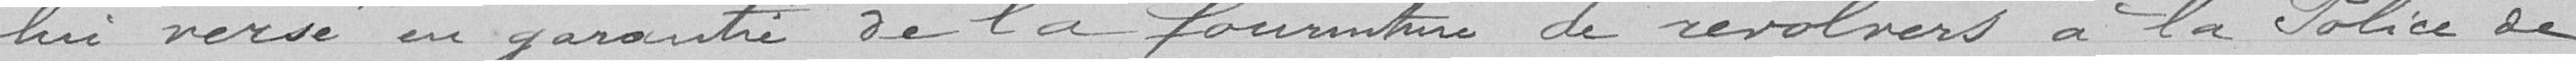
lui versé en garantie de la fourniture de revolvers à la Police de